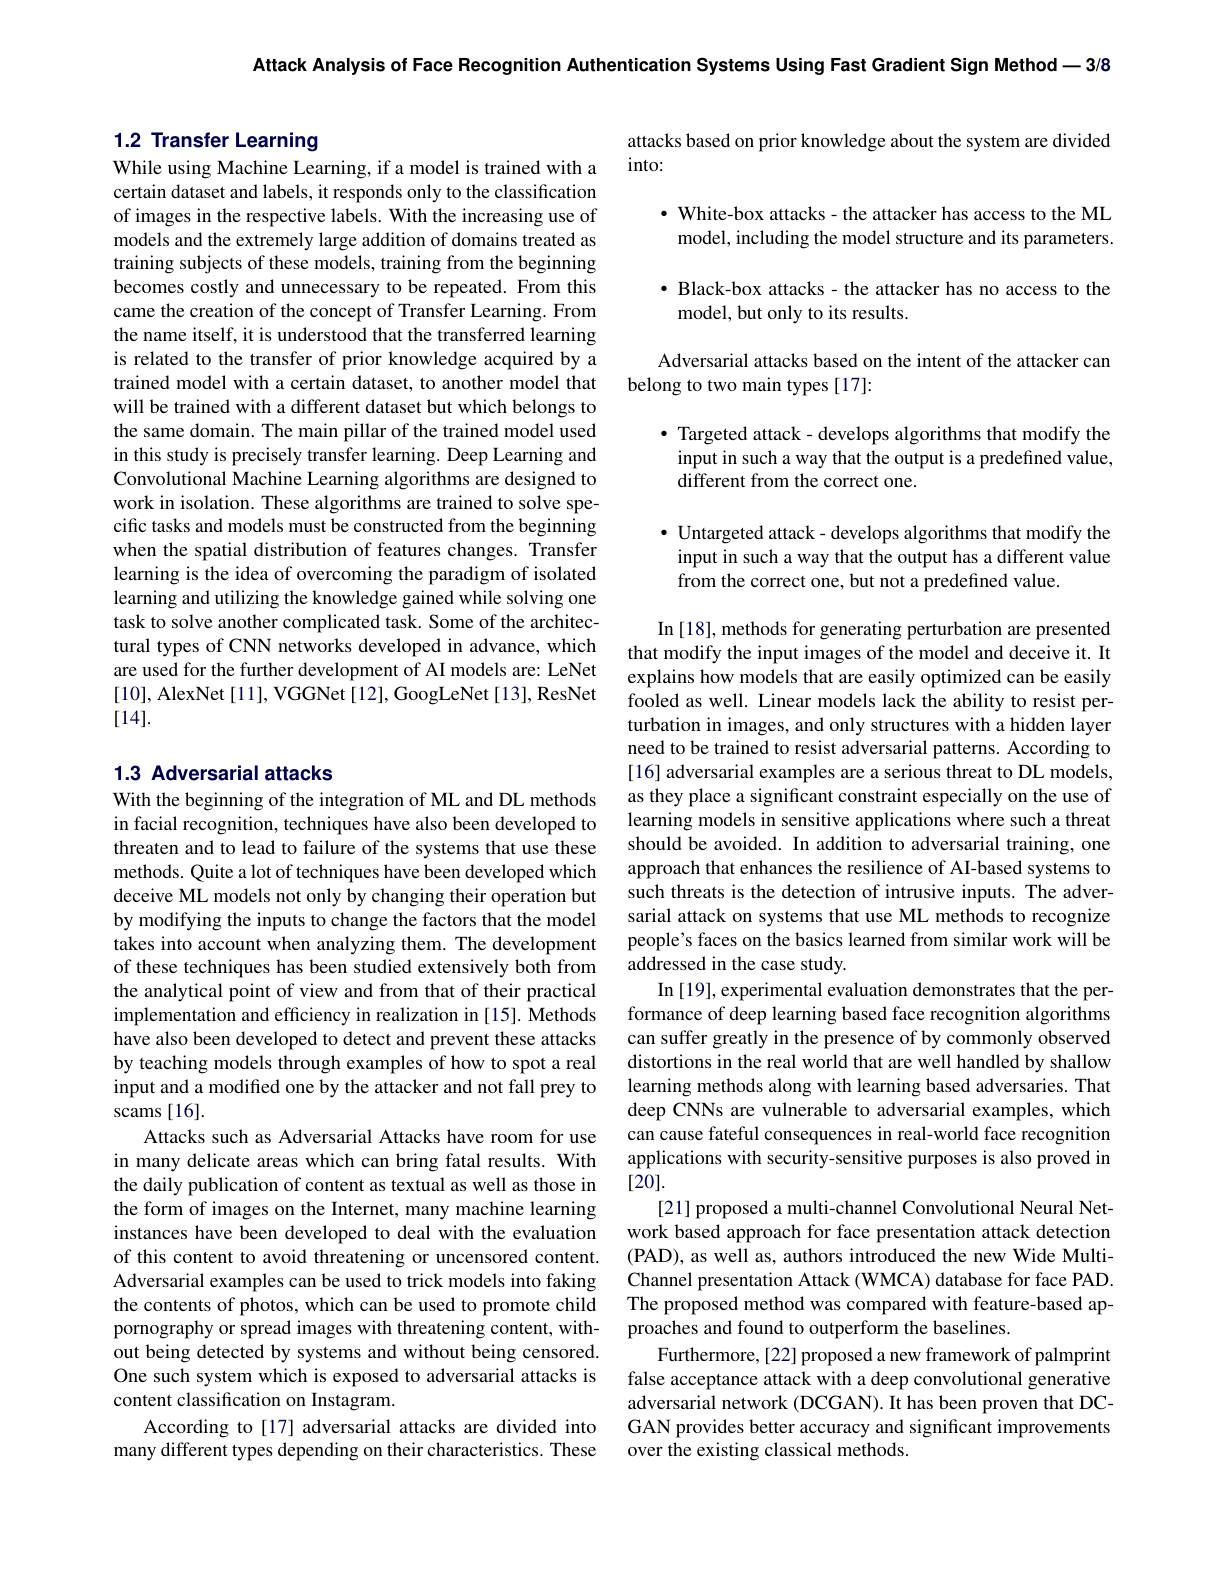
Attack Analysis of Face Recognition Authentication Systems Using Fast Gradient Sign Method -3/8

# 1.2 Transfer Learning

While using Machine Learning, if a model is trained with a certain dataset and labels, it responds only to the classification of images in the respective labels. With the increasing use of models and the extremely large addition of domains treated as training subjects of these models, training from the beginning becomes costly and unnecessary to be repeated. From this came the creation of the concept of Transfer Learning. From the name itself, it is understood that the transferred learning is related to the transfer of prior knowledge acquired by a trained model with a certain dataset, to another model that will be trained with a different dataset but which belongs to the same domain. The main pillar of the trained model used in this study is precisely transfer learning. Deep Learning and Convolutional Machine Learning algorithms are designed to work in isolation. These algorithms are trained to solve specific tasks and models must be constructed from the beginning when the spatial distribution of features changes. Transfer learning is the idea of overcoming the paradigm of isolated learning and utilizing the knowledge gained while solving one task to solve another complicated task. Some of the architectural types of CNN networks developed in advance, which are used for the further development of AI models are: LeNet [10], AlexNet [11], VGGNet [12], GoogLeNet [13], ResNet [14].

## 1.3 Adversarial attacks

With the beginning of the integration of ML and DL methods in facial recognition, techniques have also been developed to threaten and to lead to failure of the systems that use these methods. Quite a lot of techniques have been developed which deceive ML models not only by changing their operation but by modifying the inputs to change the factors that the model of these techniques has been studied extensively both from the analytical point of view and from that of their practical implementation and efficiency in realization in [15]. Methods have also been developed to detect and prevent these attacks by teaching models through examples of how to spot a real input and a modified one by the attacker and not fall prey to scams [16].
Attacks such as Adversarial Attacks have room for use in many delicate areas which can bring fatal results. With the daily publication of content as textual as well as those in the form of images on the Internet, many machine learning instances have been developed to deal with the evaluation of this content to avoid threatening or uncensored content. Adversarial examples can be used to trick models into faking the contents of photos, which can be used to promote child pornography or spread images with threatening content, without being detected by systems and without being censored. One such system which is exposed to adversarial attacks is content classification on Instagram.
According to[17] adversarial attacks are divided into many different types depending on their characteristics. These

attacks based on prior knowledge about the system are divided
$into:$
$\cdot$ White-box attacks- the attacker has access to the ML model, including the model structure and its parameters. $\bullet$ Black-box attacks - the attacker has no access to the model, but only to its results.

Adversarial attacks based on the intent of the attacker can
belong to two main types [17]:

$\bullet$ Targeted attack- develops algorithms that modify the input in such a way that the output is a predefined value, different from the correct one.

$\bullet$ Untargeted attack- develops algorithms that modify the input in such a way that the output has a different value from the correct one, but not a predefined value.

In [18], methods for generating perturbation are presented that modify the input images of the model and deceive it. It explains how models that are easily optimized can be easily fooled as well. Linear models lack the ability to resist perturbation in images, and only structures with a hidden layer need to be trained to resist adversarial patterns. According to [16] adversarial examples are a serious threat to DL models, as they place a significant constraint especially on the use of learning models in sensitive applications where such a threat should be avoided. In addition to adversarial training, one approach that enhances the resilience of AI-based systems to such threats is the detection of intrusive inputs. The adversarial attack on systems that use ML methods to recognize
takes into account when analyzing them. The development people's faces on the basics learned from similar work will be
addressed in the case study.
In [19],experimental evaluation demonstrates that the performance of deep learning based face recognition algorithms can suffer greatly in the presence of by commonly observed distortions in the real world that are well handled by shallow learning methods along with learning based adversaries. That deep CNNs are vulnerable to adversarial examples, which can cause fateful consequences in real-world face recognition applications with security-sensitive purposes is also proved in [20].
[21] proposed a multi-channel Convolutional Neural Network based approach for face presentation attack detection (PAD), as well as, authors introduced the new Wide MultiChannel presentation Attack (WMCA) database for face PAD. The proposed method was compared with feature-based approaches and found to outperform the baselines.
Furthermore,[22] proposed a new framework of palmprint false acceptance attack with a deep convolutional generative adversarial network (DCGAN). It has been proven that DCGAN provides better accuracy and significant improvements over the existing classical methods.